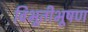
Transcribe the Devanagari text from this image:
विभूतीभूषण